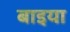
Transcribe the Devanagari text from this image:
बाइया